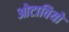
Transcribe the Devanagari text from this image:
ओटावियो